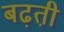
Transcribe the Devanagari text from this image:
बढ़ती़